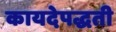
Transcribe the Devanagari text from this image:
कायदेपद्धती